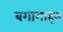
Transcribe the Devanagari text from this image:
बगागाहन